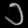
Digit: ၁